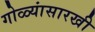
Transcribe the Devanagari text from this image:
गोळ्यांसारखी